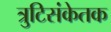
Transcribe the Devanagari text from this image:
त्रुटिसंकेतक